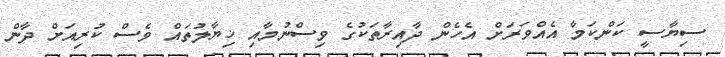
ސިޔާސީ ކަންކަމާ އެއްވަރަށް އެހެން ދާއިރާތަކުގެ ވިސްނުމާއި ޚިޔާލުތައް ވެސް ކުރިއަށް ދާން